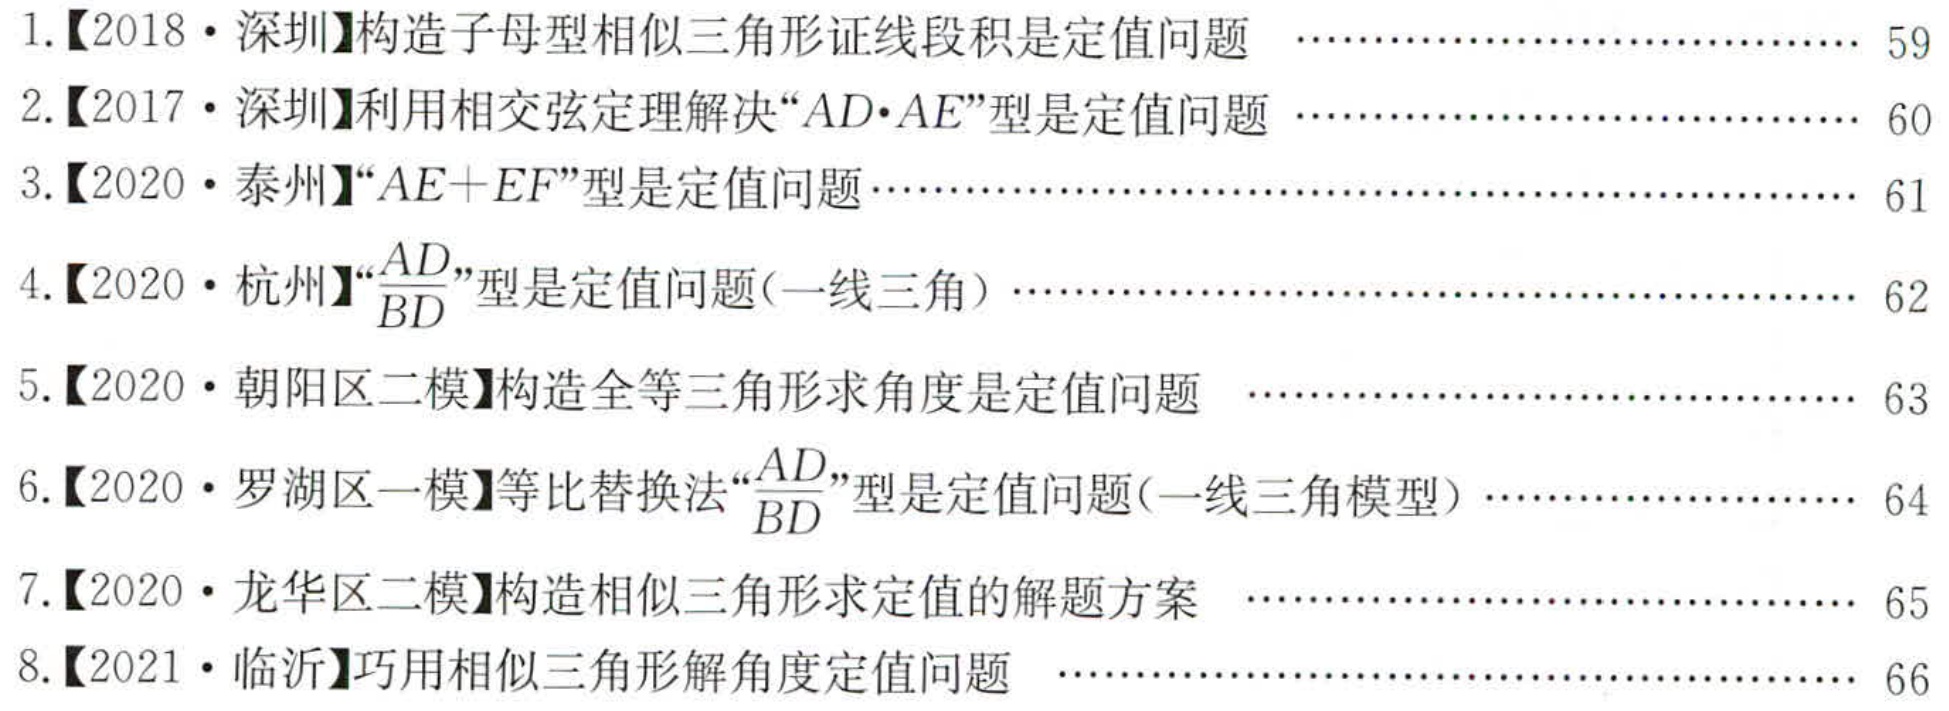
1.【2018·深圳】构造子母型相似三角形证线段积是定值问题 .............................. 59
2.【2017·深圳】利用相交弦定理解决“\(AD\cdot AE\)”型是定值问题 .............................. 60
3.【2020·泰州】“\(AE + EF\)”型是定值问题....................................................... 61
4.【2020·杭州】“\(\frac{AD}{BD}\)”型是定值问题(一线三角） .................................................. 62
5.【2020·朝阳区二模】构造全等三角形求角度是定值问题 .............................. 63
6.【2020·罗湖区一模】等比替换法“\(\frac{AD}{BD}\)”型是定值问题(一线三角模型） .............................. 64
7.【2020·龙华区二模】构造相似三角形求定值的解题方案 .............................. 65
8.【2021·临沂】巧用相似三角形解角度定值问题 ................................................ 66